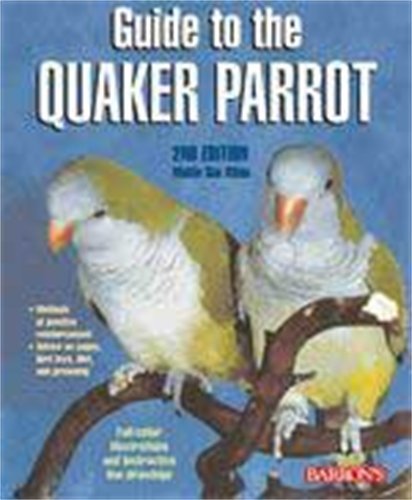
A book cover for Guide to the Quaker Parrot; Mattie Sue Athan; Crafts, Hobbies & Home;